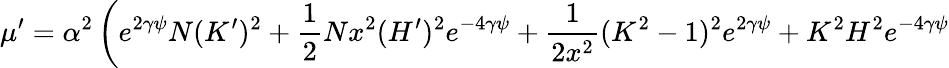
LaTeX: \mu^{\prime}=\alpha^{2}\left(e^{2\gamma\psi}N(K^{\prime})^{2}+\frac{1}{2}Nx^{2}(H^{\prime})^{2}e^{-4\gamma\psi}+\frac{1}{2x^{2}}(K^{2}-1)^{2}e^{2\gamma\psi}+K^{2}H^{2}e^{-4\gamma\psi}\right.